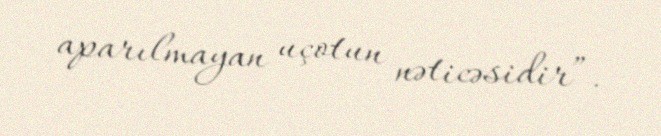
aparılmayan uçotun nəticəsidir”.